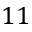
1 1